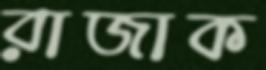
রাজাক